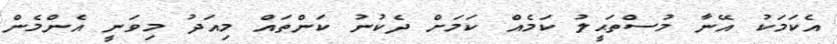
އެކަމަކު އޭނާ މުސްތަޙީލު ކަމެއް ކަމަށް ދެކުނު ކަންތައް މިއަދު މިވަނީ އެންމެން